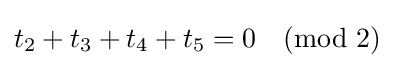
t_{2}+t_{3}+t_{4}+t_{5}=0{\pmod {2}}